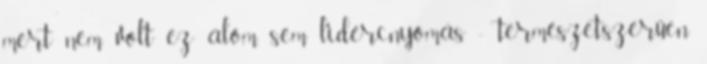
mert nem volt ez álom, sem lidércnyomás - természetszerűen